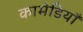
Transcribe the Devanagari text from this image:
कामेडियाँ